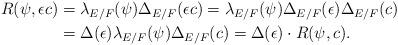
LaTeX: \begin{align*} R(\psi,\epsilon c) &=\lambda_{E/F}(\psi)\Delta_{E/F}(\epsilon c)=\lambda_{E/F}(\psi)\Delta_{E/F}(\epsilon)\Delta_{E/F}(c)\\ &=\Delta(\epsilon)\lambda_{E/F}(\psi)\Delta_{E/F}(c)=\Delta(\epsilon)\cdot R(\psi,c).\end{align*}